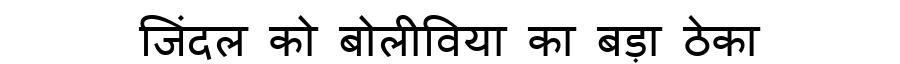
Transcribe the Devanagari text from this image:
जिंदल को बोलीविया का बड़ा ठेका